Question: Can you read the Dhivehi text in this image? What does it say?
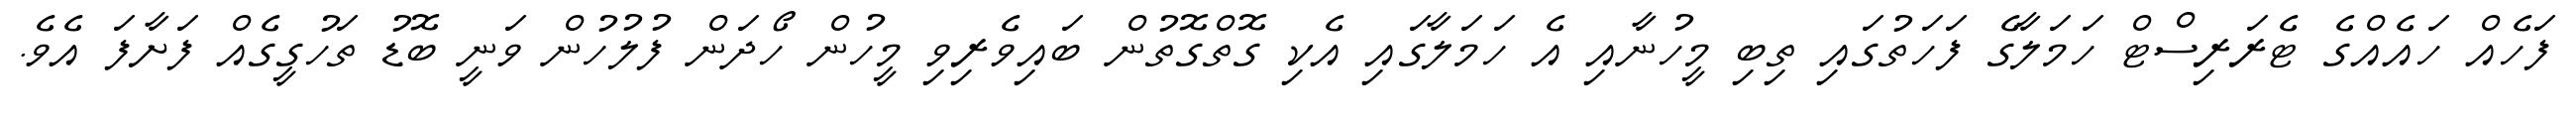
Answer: ފަހެއް ހައެއްގެ ޓެރަރިސްޓް ހަމަލާގެ ފަހަތުގައި ތިބި މީހުނާއި އެ ހަމަލާގައި އެކި ގޮތްގޮތުން ބައިވެރިވި މީހުން ހޯދަން ފުލުހުން ވަނީ ބޮޑު ތަހުގީގެއް ފަށާފަ އެވެ.